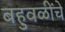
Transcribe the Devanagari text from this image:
बहुवळींचे